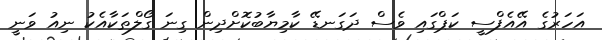
އަހަރުގެ އޭއެފްސީ ކަޕްގައި ވެސް ދަގަނޑޭ ކާމިޔާބުކޮށްދިން ގިނަ ގޯލްތަކާއެކު ނިއު ވަނީ